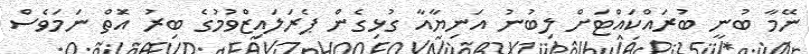
ނޭމާ ބުނީ ބުރައްކައްޓަށް ލިބުނު އަނިޔާއާ ގުޅިގެން ޕެރަލައިޒްވުމުގެ ބިރު އަޮތް ނަމަވެސް